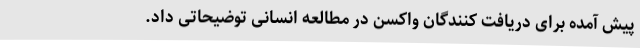
پیش آمده برای دریافت کنندگان واکسن در مطالعه انسانی توضیحاتی داد.